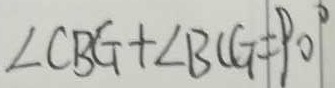
\angle C B G = \angle B C G = 9 0 ^ { \circ }